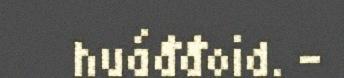
huáđđoid. -